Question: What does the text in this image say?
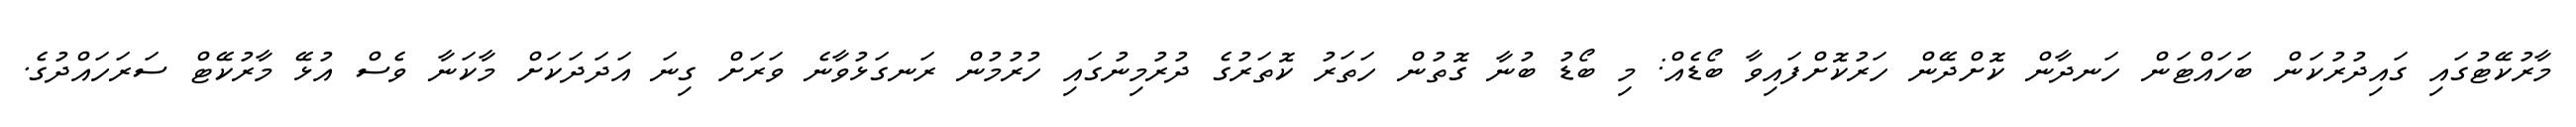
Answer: މާރުކޭޓުގައި ގައިދުރުކަން ބަހައްޓަން ހަނދާން ކޮށްދޭން ހަރުކޮށްފައިވާ ބޯޑެއް: މި ބޯޑު ބުނާ ގޮތުން ހަތަރު ކޮތަރުގެ ދުރުމިނުގައި ހުރުމުން ރަނގަޅުވާނެ ވަރަށް ގިނަ އަދަދަކަށް މާކަނާ ވެސް އުޅޭ މާރުކޭޓް ސަރަހައްދުގެ.